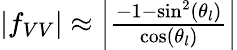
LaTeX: \begin{array}{r}{\left|f_{VV}\right|\approx\left|\frac{-1-\sin^{2}(\theta_{l})}{\cos(\theta_{l})}\right|}\end{array}